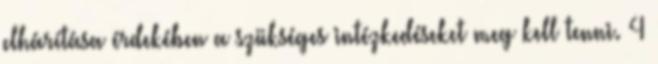
elhárítása érdekében a szükséges intézkedéseket meg kell tenni. 4